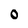
Character: O